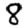
Digit: 8